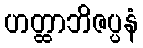
ဟတ္ထာဘိဇပ္ပနံ